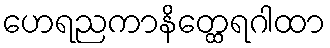
ဟေရညကာနိတ္ထေရဂါထာ